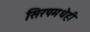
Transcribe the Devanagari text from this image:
सिरपमधेही